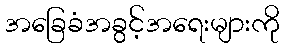
အခြေခံအခွင့်အရေးများကို